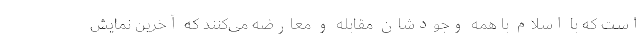
است که با اسلام با همه وجودشان مقابله و معارضه می‌کنند که آخرین نمایش